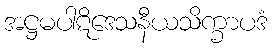
အဋ္ဌမပါဋိဒေသနီယသိက္ခာပဒံ